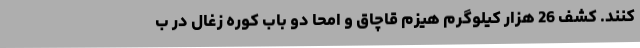
کنند. کشف 26 هزار کیلوگرم هیزم قاچاق و امحا دو باب کوره زغال در ب